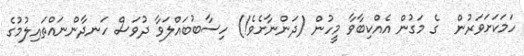
ހަމަކަށަވަރުން  ގެ މަގުން އެއްކިބާވާ މީހުން (ދަންނާށެވެ!) ހިސާބުބައްލަވާ ދުވަސް ހަނދާންނައްތައިލުމުގެ